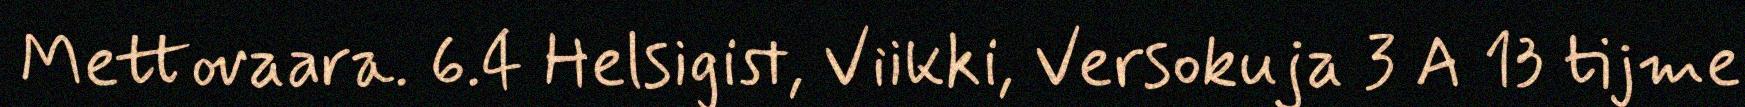
Mettovaara. 6.4 Helsigist, Viikki, Versokuja 3 A 13 tijme